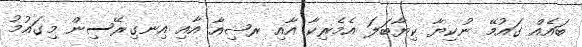
ބައެއް ގައުމޭ ނުކިޔާ ކިޔާބަލަ އެމެރިކާ އާއި ރޝިއާ އާއި އިނގިރޭސިން މިގައުމު